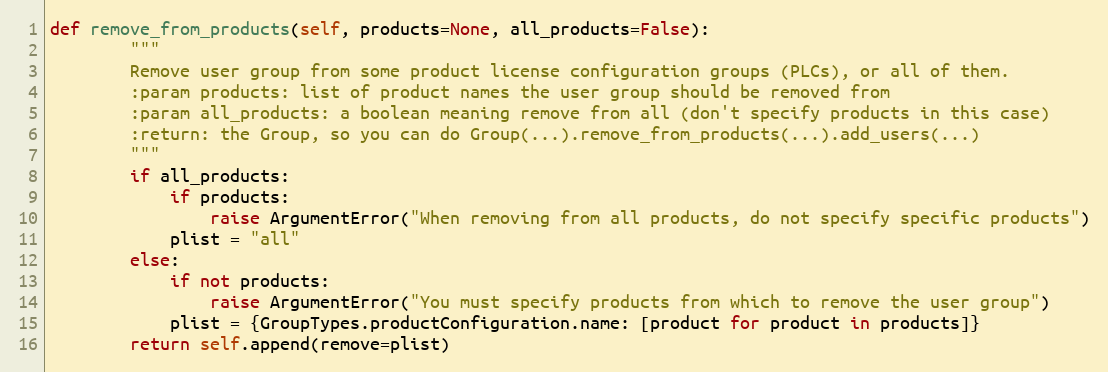
Language: Python
def remove_from_products(self, products=None, all_products=False):
        """
        Remove user group from some product license configuration groups (PLCs), or all of them.
        :param products: list of product names the user group should be removed from
        :param all_products: a boolean meaning remove from all (don't specify products in this case)
        :return: the Group, so you can do Group(...).remove_from_products(...).add_users(...)
        """
        if all_products:
            if products:
                raise ArgumentError("When removing from all products, do not specify specific products")
            plist = "all"
        else:
            if not products:
                raise ArgumentError("You must specify products from which to remove the user group")
            plist = {GroupTypes.productConfiguration.name: [product for product in products]}
        return self.append(remove=plist)